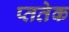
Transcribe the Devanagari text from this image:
प्ततेक